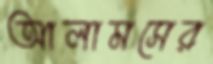
আলামসের